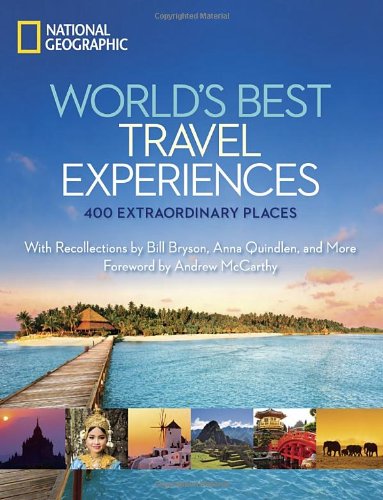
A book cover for World's Best Travel Experiences: 400 Extraordinary Places; National Geographic; Travel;